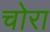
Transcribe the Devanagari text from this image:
चोरा